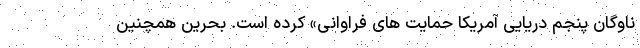
ناوگان پنجم دریایی آمریکا حمایت های فراوانی» کرده است. بحرین همچنین